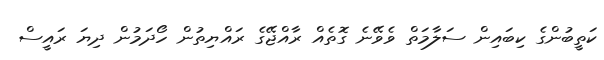
ކަތީބުންގެ ކިބައިން ސަލާމަތް ވެވޭނެ ގޮތެއް ރާއްޖޭގެ ރައްޔިތުން ހޯދަމުން ދިޔަ ރައީސް